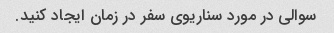
سوالی در مورد سناریوی سفر در زمان ایجاد کنید.